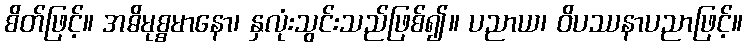
စိတ်ဖြင့်။ အဓိမုစ္စမာနော၊ နှလုံးသွင်းသည်ဖြစ်၍။ ပညာယ၊ ဝိပဿနာပညာဖြင့်။